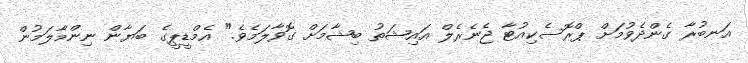
އަނބުރާ ގެންދެވުމަށް ޕްރޮސެކިއުޓާ ޖެނެރެލް އައިޝަތު ބިޝާމަށް ގޮވާލަމެވެ." އެމްޑީޕީގެ ބަޔާން ނިންމާލަމުން